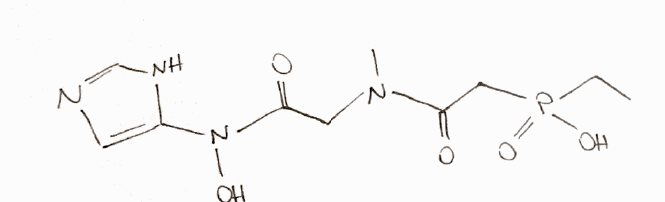
Simplified molecular-input line-entry system (SMILES) notation of the given molecule:
CCP(=O)(CC(=O)N(C)CC(=O)N(C1=CN=CN1)O)O